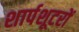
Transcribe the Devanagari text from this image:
शार्पशूटरों